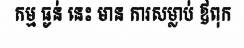
កម្ម ធ្ងន់ នេះ មាន ការសម្លាប់ ឳពុក